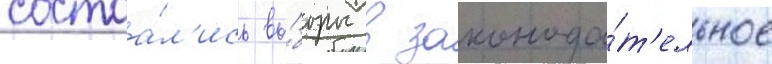
состоа́л'ись вы́боры в законода́т'ельное